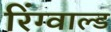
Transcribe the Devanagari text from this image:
रिंग्वाल्ड